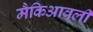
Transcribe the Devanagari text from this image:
मैकिआवली